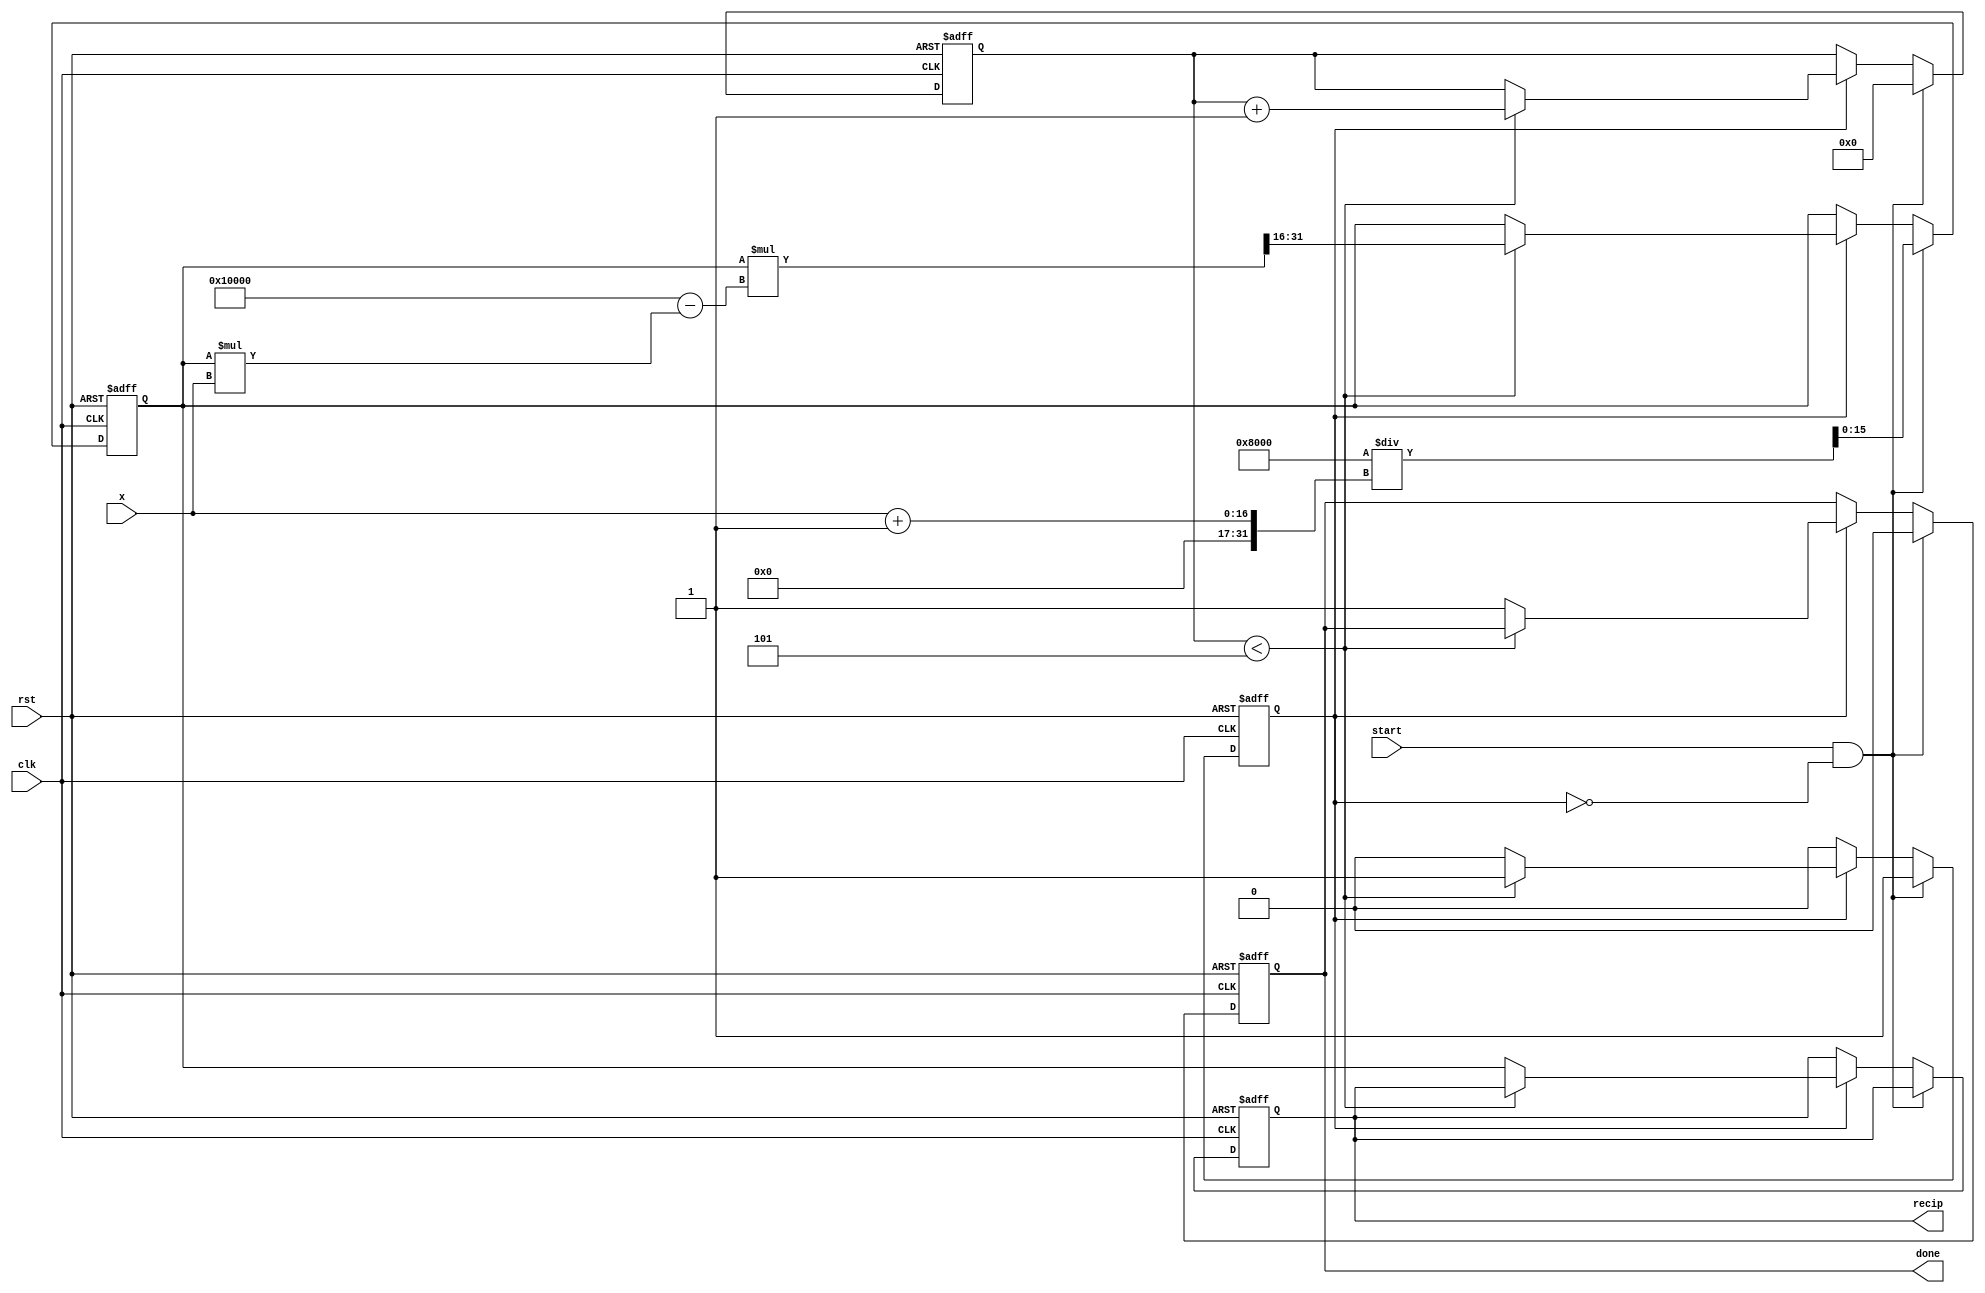
module iterative_reciprocal #(
    parameter N = 16, // Bit-width of input and output
    parameter MAX_ITER = 5 // Maximum number of iterations
)(
    input wire clk,
    input wire rst,
    input wire [N-1:0] x, // Input value
    input wire start, // Signal to start the computation
    output reg [N-1:0] recip, // Output reciprocal
    output reg done // Signal to indicate completion
);

    reg [N-1:0] current_guess; // Current guess for the reciprocal
    reg [N-1:0] error; // Error value
    reg [3:0] iter_count; // Iteration counter
    reg computing; // State to indicate if computation is ongoing

    // Initial guess calculation (simple approximation)
    function [N-1:0] initial_guess;
        input [N-1:0] x;
        begin
            // Simple initial guess: 1/x can be approximated as 2^(N-1)/x
            initial_guess = (1 << (N-1)) / (x + 1); // Avoid division by zero
        end
    endfunction

    always @(posedge clk or posedge rst) begin
        if (rst) begin
            recip <= 0;
            done <= 0;
            current_guess <= 0;
            iter_count <= 0;
            computing <= 0;
        end else if (start && !computing) begin
            // Start computation
            current_guess <= initial_guess(x);
            iter_count <= 0;
            done <= 0;
            computing <= 1;
        end else if (computing) begin
            // Iterative computation
            if (iter_count < MAX_ITER) begin
                // Calculate error: error = current_guess * x - 1
                error <= (current_guess * x) >> (N-1); // Shift to adjust for fixed-point
                // Update guess using Newton-Raphson formula
                current_guess <= current_guess * (2**N - (current_guess * x)) >> N; // Fixed-point adjustment
                iter_count <= iter_count + 1;
            end else begin
                // Finished iterations
                recip <= current_guess;
                done <= 1;
                computing <= 0;
            end
        end
    end

endmodule